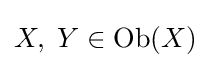
X,\;Y\in \mathrm {Ob} (X)